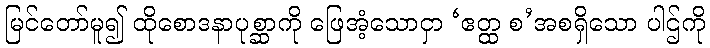
မြင်တော်မူ၍ ထိုစောဒနာပုစ္ဆာကို ဖြေအံ့သောငှာ ‘ဧတ္ထ စ’အစရှိသော ပါဌ်ကို